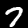
Label: 7